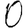
Digit: 0